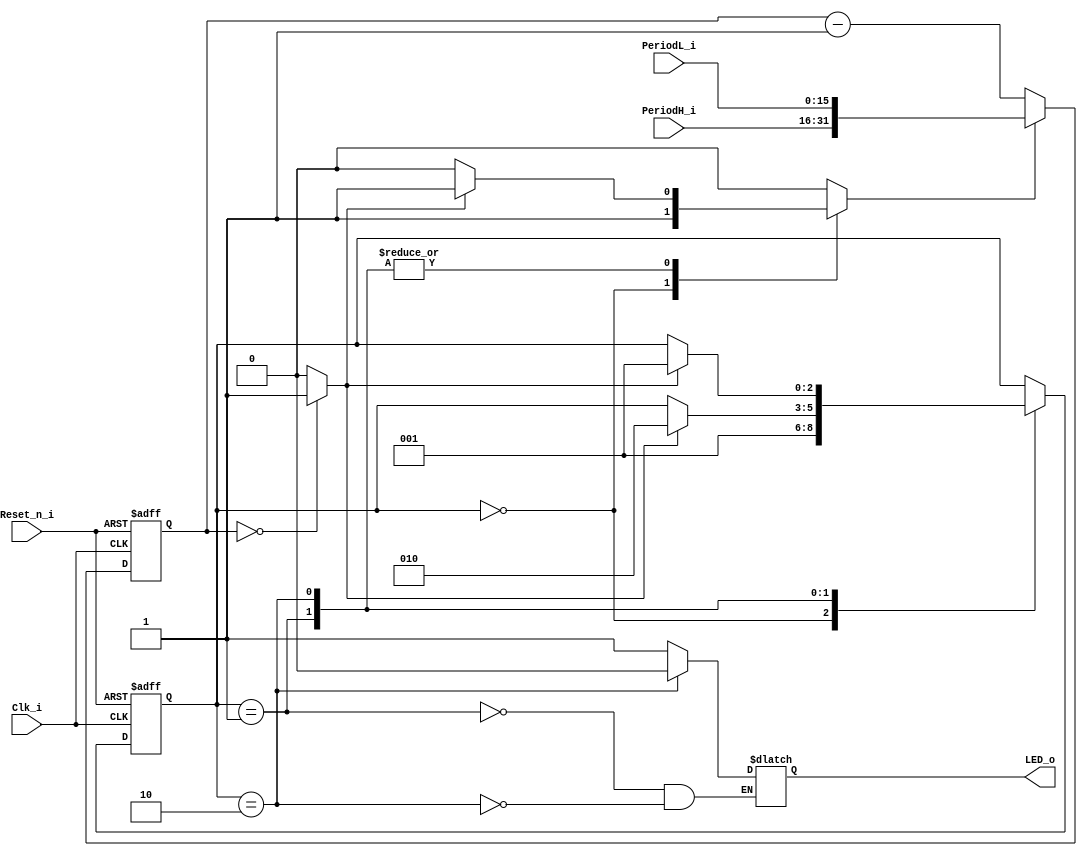
module blinki (
  (* intersynth_port = "Reset_n_i" *)
  input Reset_n_i,
  (* intersynth_port = "Clk_i" *)
  input Clk_i,
  (* intersynth_port = "Outputs_o", intersynth_conntype = "Bit" *)
  output reg LED_o,
  (* intersynth_param = "PeriodH_i", intersynth_conntype = "Word" *)
  input[15:0] PeriodH_i,
  (* intersynth_param = "PeriodL_i", intersynth_conntype = "Word" *)
  input[15:0] PeriodL_i
);

  // Sensor FSM
  localparam stStart   = 3'b000;
  localparam stOn      = 3'b001;
  localparam stOff     = 3'b010;
  reg  [2:0]             State;
  reg  [2:0]             NextState;
  reg                    TimerPreset;
  reg                    TimerEnable;
  wire                   TimerOvfl;

  always @(negedge Reset_n_i or posedge Clk_i)
  begin
    if (!Reset_n_i)
    begin
      State <= stStart;
    end
    else
    begin // rising clock edge
      // state register
      State <= NextState;
    end  
  end

  always @(State, TimerOvfl)
  begin  // process CombProc
    NextState     = State;
    // control signal default values
    TimerEnable   = 1'b1;
    TimerPreset   = 1'b0;
    // next state and output logic
    case (State)
      stStart: begin
        TimerPreset   = 1'b1;
        NextState     = stOn;
      end
      stOn: begin
        LED_o = 1'b1;
        if (TimerOvfl == 1'b1)
        begin
          NextState     = stOff;
          TimerPreset   = 1'b1;
        end
      end
      stOff: begin
        LED_o = 1'b0;
        if (TimerOvfl == 1'b1)
        begin
          NextState     = stOn;
          TimerPreset   = 1'b1;
        end
      end
      default: begin
      end
    endcase
  end 

  /////////////////////////////////////////////////////////////////////////////
  // Word Arithmetic //////////////////////////////////////////////////////////
  /////////////////////////////////////////////////////////////////////////////

  reg [31:0] Timer;
  
  always @(negedge Reset_n_i or posedge Clk_i)
  begin
    if (!Reset_n_i)
    begin
      Timer <= 32'd0;
    end
    else
    begin
      if (TimerPreset)
      begin
        Timer <= {PeriodH_i, PeriodL_i};
      end
      else if (TimerEnable)
      begin
        Timer <= Timer - 1'b1;
      end
    end  
  end

  assign TimerOvfl = (Timer == 0) ? 1'b1 : 1'b0;

endmodule